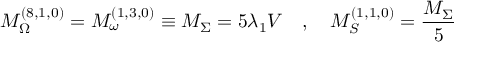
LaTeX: M _ { \Omega } ^ { ( 8 , 1 , 0 ) } = M _ { \omega } ^ { ( 1 , 3 , 0 ) } \equiv M _ { \Sigma } = 5 \lambda _ { 1 } V \quad , \quad M _ { S } ^ { ( 1 , 1 , 0 ) } = \frac { M _ { \Sigma } } { 5 }